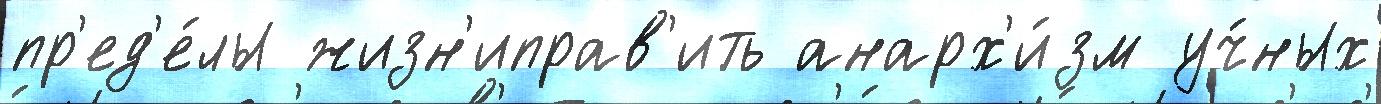
пр'ед'е́лы жизн'иправ'ить анарх'и́зм уч́ных